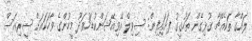
ލައްގާ ތަކެއްޗާ ގުޅިގެން ތަހުގީގު ފަށައިފިން: ސިވިލް އޭވިއޭޝަންކުޑަހުވަދޫ މީހުންގެ ވާހަކައަށް ސީރިއަސް